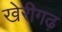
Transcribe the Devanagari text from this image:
खेरीगढ़